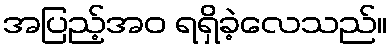
အပြည့်အဝ ရရှိခဲ့လေသည်။